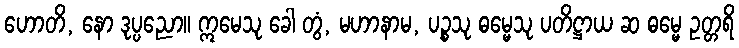
ဟောတိ, နော ဒုပ္ပညော။ ဣမေသု ခေါ တွံ, မဟာနာမ, ပဉ္စသု ဓမ္မေသု ပတိဋ္ဌာယ ဆ ဓမ္မေ ဥတ္တရိ